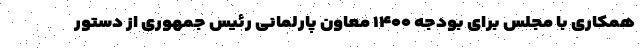
همکاری با مجلس برای بودجه ۱۴۰۰ معاون پارلمانی رئیس جمهوری از دستور